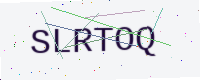
Text: SLRTOQ